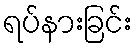
ရပ်နားခြင်း